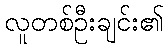
လူတစ်ဦးချင်း၏